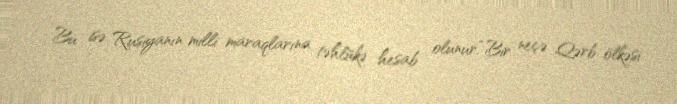
Bu isə Rusiyanın milli maraqlarına təhlükə hesab olunur.“Bir neçə Qərb ölkəsi